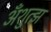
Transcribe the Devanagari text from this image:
अँशुत्झ